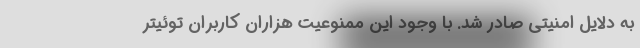
به دلایل امنیتی صادر شد. با وجود این ممنوعیت هزاران کاربران توئیتر